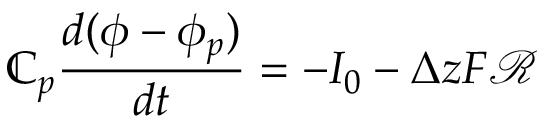
\mathbb { C } _ { p } \frac { d ( \phi - \phi _ { p } ) } { d t } = - I _ { 0 } - \Delta z F \mathcal { R }